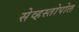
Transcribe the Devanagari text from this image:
सेव्हस्तोपोल